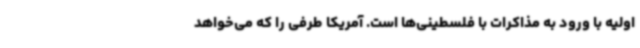
اولیه با ورود به مذاکرات با فلسطینی‌ها است. آمریکا طرفی را که می‌خواهد